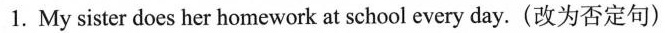
1. My sister does her homework at school every day.(改为否定句)